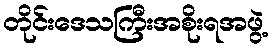
တိုင်းဒေသကြီးအစိုးရအဖွဲ့